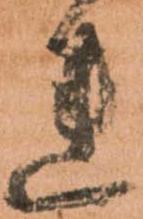
れ